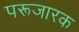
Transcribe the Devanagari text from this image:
परूजारक